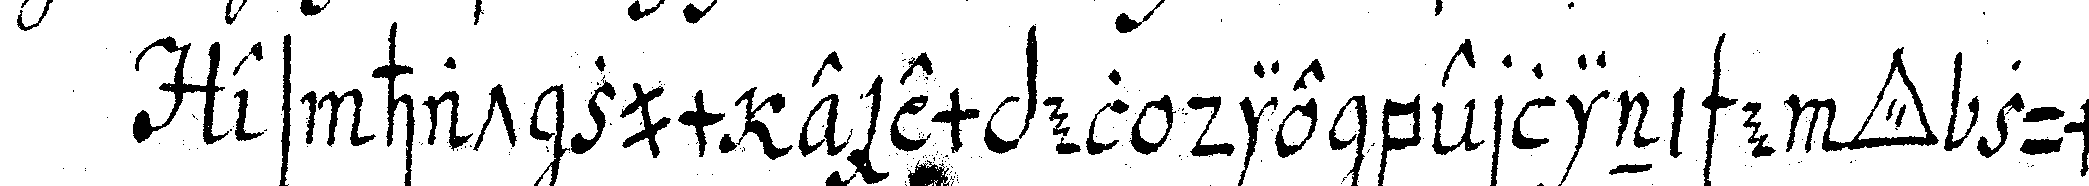
es hat zum exempel die berlinische *tri..* zum